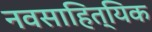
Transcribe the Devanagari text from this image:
नवसाहित्यिक